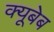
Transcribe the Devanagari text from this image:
क्यूबेब